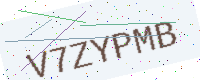
Text: V7ZYPMB